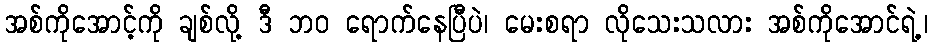
အစ်ကိုအောင့်ကို ချစ်လို့ ဒီ ဘဝ ရောက်နေပြီပဲ၊ မေးစရာ လိုသေးသလား အစ်ကိုအောင်ရဲ့၊